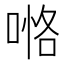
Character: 𠸧